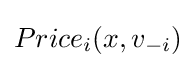
Price_{i}(x,v_{-i})